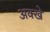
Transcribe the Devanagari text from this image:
अक्खे